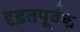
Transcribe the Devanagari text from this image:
दृढ़तपूर्वक